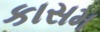
કાસમ